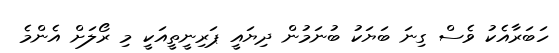
ހަބަރާއެކު ވެސް ގިނަ ބަޔަކު ބުނަމުން ދިޔައީ ޕަރިނީތީއަކީ މި ރޯލަށް އެންމެ